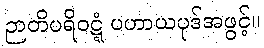
ဉာတိပရိဝဋ္ဋံ ပဟာယပုဒ်အဖွင့်။